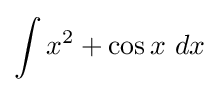
\int x^{2}+\cos x\ dx